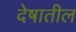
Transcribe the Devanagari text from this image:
देषातील